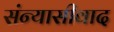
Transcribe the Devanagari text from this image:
संन्यासीवाद